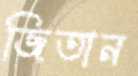
জিতান